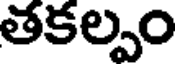
తకల్పం